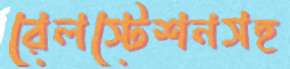
রেলস্টেশনসহ